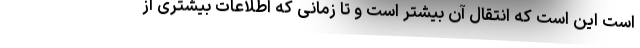
است این است که انتقال آن بیشتر است و تا زمانی که اطلاعات بیشتری از